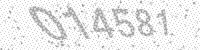
Solution: 014581